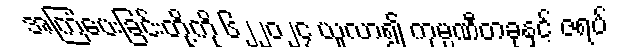
အကြံပေးခြင်းတို့ကို ၆၂၂၀၂၄ ယူလာ၍ ကုမ္ပဏီတခုနှင့် ဇရပ်